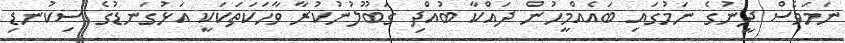
ނަމަވެސް ދީނުގެ ނަމުގައި ބައެއްމީހުން ދައްކާ ބުއްދި ގަބޫލުނުކުރާ ވާހަކަތަކަކީ އަޅުގަނޑުގެ ސިކުނޑި